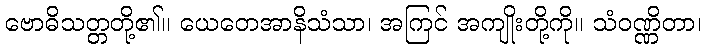
ဗောဓိသတ္တတို့၏။ ယေတေအာနိသံသာ၊ အကြင် အကျိုးတို့ကို။ သံဝဏ္ဏိတာ၊